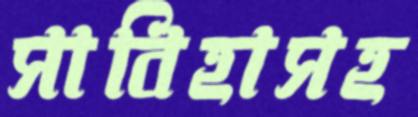
সাবিহাসহ